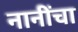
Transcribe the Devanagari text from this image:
नानींचा